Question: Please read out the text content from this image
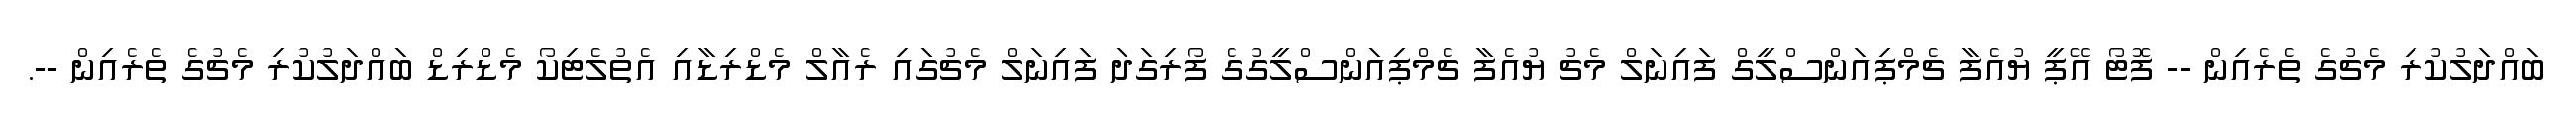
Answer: ބައްދަލުކުރި މެޗުގެ ތެރެއިން -- ފޮޓޯ އޭޕީ ޔުއެފާ ޗެމްޕިއަންސްލީގް ފައިނަލް މެޗު ޔުއެފާ ޗެމްޕިއަންސްލީގުގެ ފޯރިގަދަ ފައިނަލް މެޗުގައި ރެއާލް މެޑްރިޑާއި އެތުލެޓިކޯ މެޑްރިޑް ބައްދަލުކުރި މެޗުގެ ތެރެއިން --.